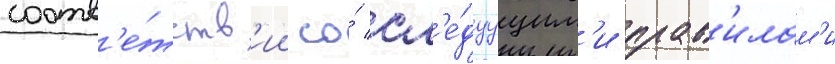
соотв'е́тств'ии со́ сл'е́дуущим'и прав'илам'и